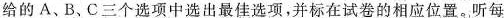
给的 A、B、C三个选项中选出最佳选项,并标在试卷的相应位置.听每